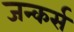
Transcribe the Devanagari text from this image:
जन्कर्स